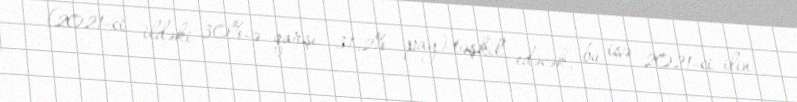
(2021-ci ildəki 30%-ə qarşı 31,2% pay) təşkil edəcək, bu isə 2021-ci ilin